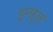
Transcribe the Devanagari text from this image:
इन्त्रुज़